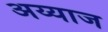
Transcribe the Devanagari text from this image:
अय्याज